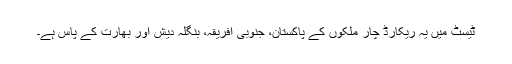
ٹیسٹ میں یہ ریکارڈ چار ملکوں کے پاکستان، جنوبی افریقہ، بنگلہ دیش اور بھارت کے پاس ہے۔